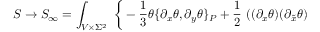
S \to S _ { \infty } = \int _ { V \times \Sigma ^ { 2 } } \ \bigg \{ - \frac { 1 } { 3 } \theta \{ \partial _ { x } \theta , \partial _ { y } \theta \} _ { P } + \frac { 1 } { 2 } \ ( ( \partial _ { x } \theta ) ( \partial _ { \tilde { x } } \theta )